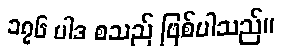
၁၇၆ ပါဒ စသည် ဖြစ်ပါသည်။